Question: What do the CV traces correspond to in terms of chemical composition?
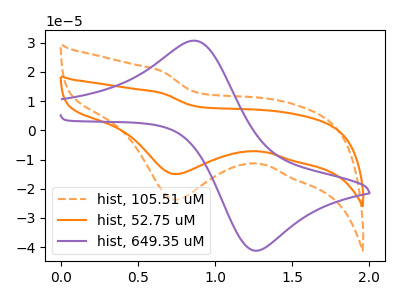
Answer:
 <answer>The orange dashed curve is labeled "hist, 105.51 uM". The orange curve is labeled "hist, 52.75 uM". The purple curve is labeled "hist, 649.35 uM".</answer>
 <eval></eval>